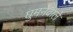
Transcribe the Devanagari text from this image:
घुमनेवाले